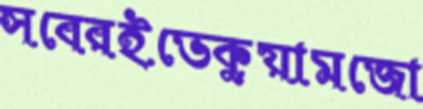
সবেরইভেকুয়ামজো